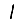
Digit: 1